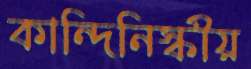
কান্দিনিস্কীয়